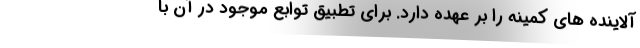
آلاینده های کمینه را بر عهده دارد. برای تطبیق توابع موجود در آن با